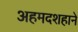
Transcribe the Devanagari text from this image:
अहमदशहाने